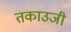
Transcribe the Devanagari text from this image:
तकाउजी